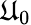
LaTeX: \mathfrak{U}_{0}